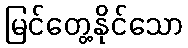
မြင်တွေ့နိုင်သော